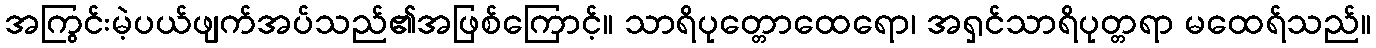
အကြွင်းမဲ့ပယ်ဖျက်အပ်သည်၏အဖြစ်ကြောင့်။ သာရိပုတ္တောထေရော၊ အရှင်သာရိပုတ္တရာ မထေရ်သည်။